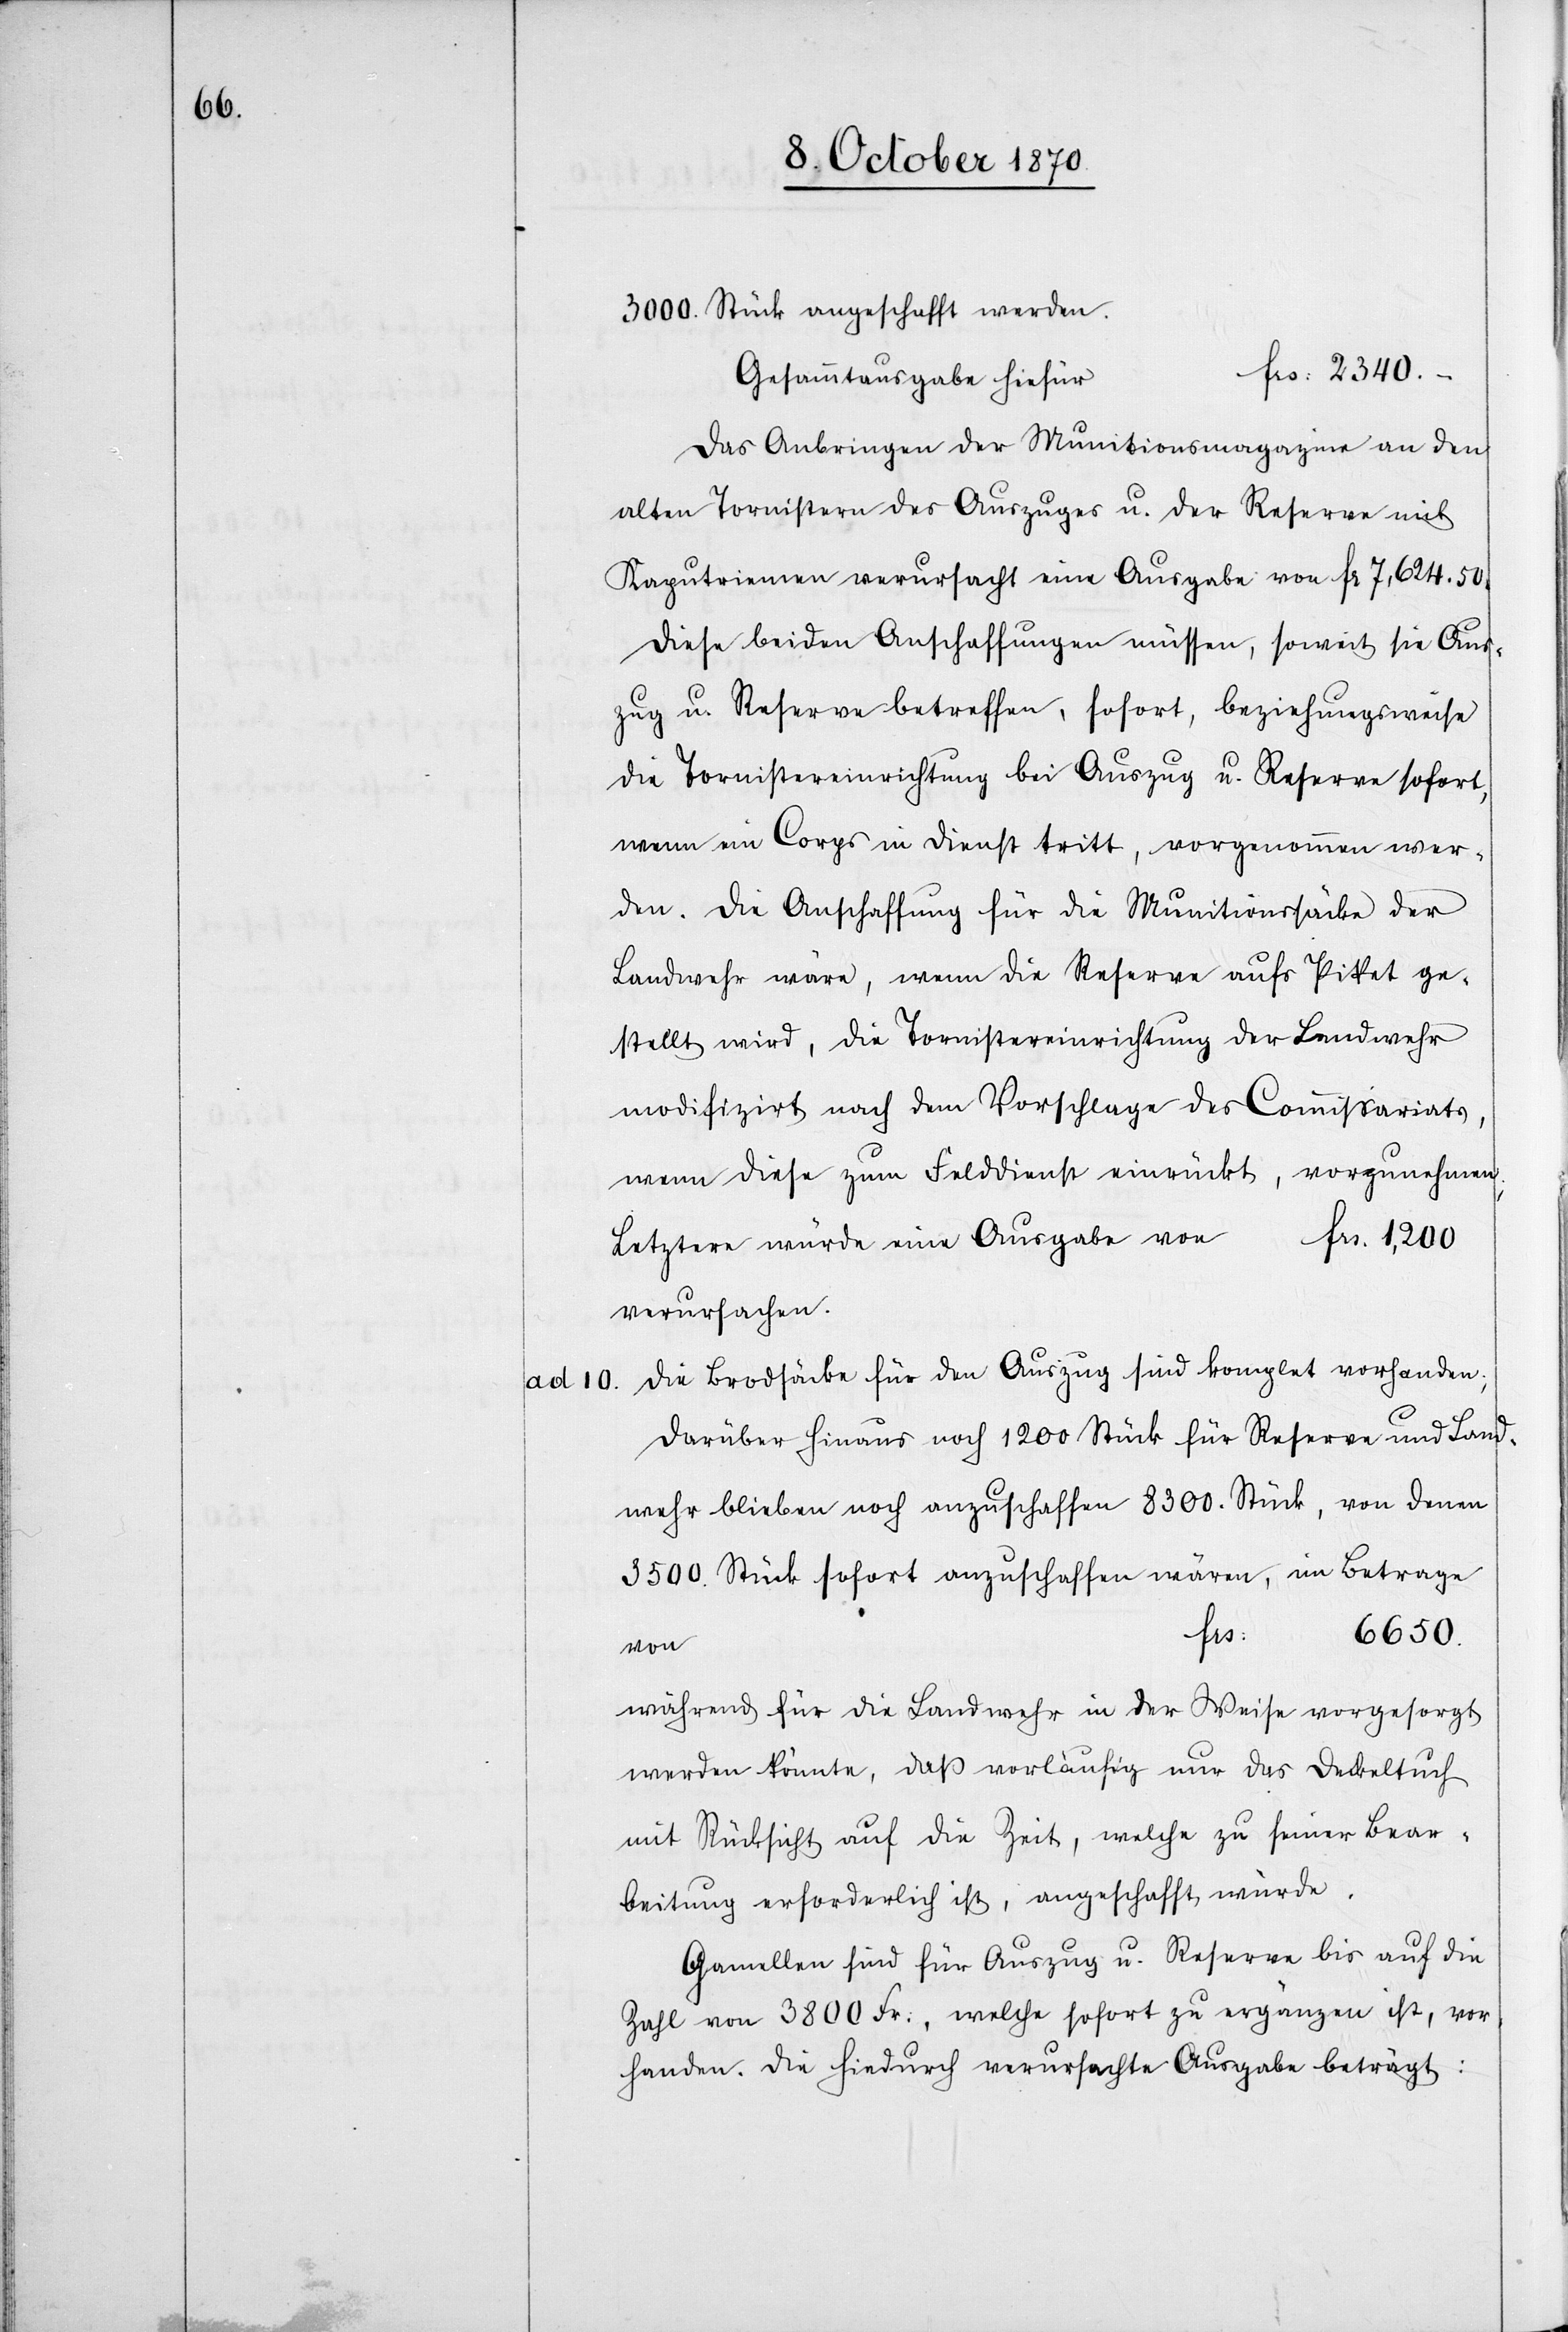
ad 10.

3000 Stück angeschafft werden.
Fr: 2340.–
Gesammtausgabe hiefür
Das Anbringen der Munitionsmagazine an den
alten Tornistern des Auszuges u. der Reserve mit
Kaputriemen verursacht eine Ausgabe von 7,624.50.
Diese beiden Anschaffungen müssen, soweit sie Aus¬
zug u. Reserve betreffen, sofort, beziehungsweise
die Tornistereinrichtung bei Auszug u. Reserve sofort,
wenn ein Corps in Dienst tritt, vorgenommen wer¬
den. Die Anschaffung für die Munitionssäcke der
Landwehr wäre, wenn die Reserve aufs Piket ge¬
stellt wird, die Tornistereinrichtung der Landwehr
modifizirt nach dem Vorschlage des Commissariats,
wenn diese zum Felddienst einrückt, vorzunehmen.
Fr. 1,200
Letztere würde eine Ausgabe von
verursachen.
Die Brodsäcke für den Auszug sind komplet vorhanden;
darüber hinaus noch 1200 Stück für Reserve und Land¬
wehr blieben noch anzuschaffen 8300. Stück, von denen
3500 Stück sofort anzuschaffen wären, im Betrage
Fr:
6650.
von
während für die Landwehr in der Weise vorgesorgt
werden könnte, daß vorläufig nur das Deckeltuch
mit Rücksicht auf die Zeit, welche zu seiner Bear¬
beitung erforderlich ist, angeschafft würde.
Gamellen sind für Auszug u. Reserve bis auf die
Zahl von 3800 Fr:, welche sofort zu ergänzen ist, vor¬
handen. Die hiedurch verursachte Ausgabe beträgt: